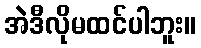
အဲဒီလိုမထင်ပါဘူး။